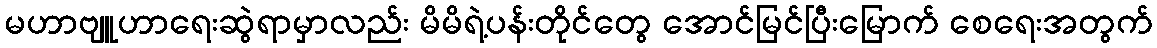
မဟာဗျူဟာရေးဆွဲရာမှာလည်း မိမိရဲ့ပန်းတိုင်တွေ အောင်မြင်ပြီးမြောက် စေရေးအတွက်